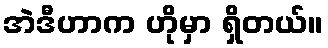
အဲဒီဟာက ဟိုမှာ ရှိတယ်။